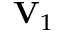
\mathbf { V } _ { 1 }